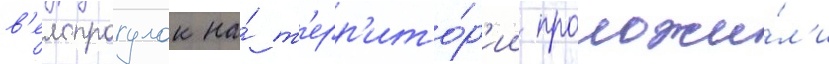
в'елопрогулок на́ т'ерр'ито́р'ии проложи́л'и